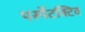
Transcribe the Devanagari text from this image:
पर्स्पेटक्टिव